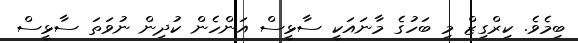
ބިމެވެ. ކިރްގިޒް މި ބަހުގެ މާނައަކީ ސާޅީސް އަންހެން ކުދިން ނުވަތަ ސާޅީސް